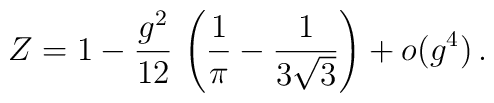
Z = 1 - \frac{g^2}{12} \, \left( \frac{1}{\pi} - \frac{1}{3\sqrt{3}}\right) + o(g^4) \,.